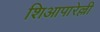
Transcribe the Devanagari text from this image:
शिआपारेल्ली